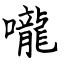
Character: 嚨